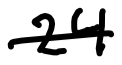
Text: 24
Cross-out: mix
Writing tool: digital_black